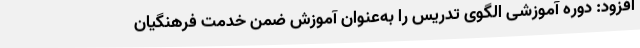
افزود: دوره آموزشی الگوی تدریس را به‌عنوان آموزش ضمن خدمت فرهنگیان